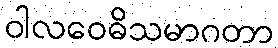
ဝါလဝေဓိသမာဂတာ